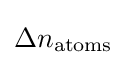
\Delta n_{\mathrm {atoms} }